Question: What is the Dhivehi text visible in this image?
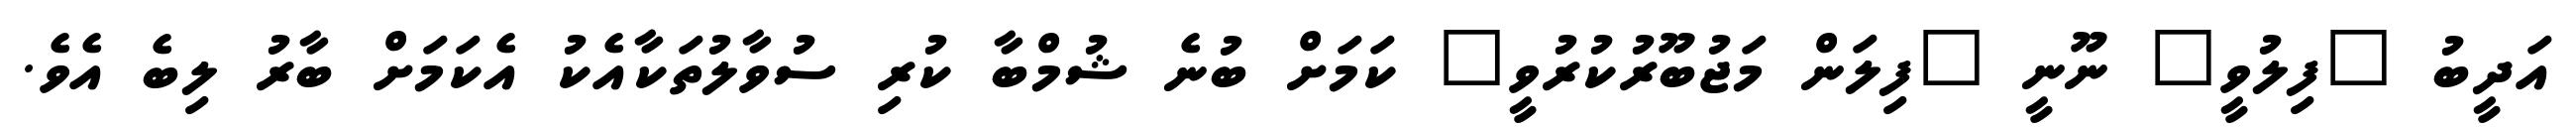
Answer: އަދީބު "ފިލުވީ" ނޫނީ "ފިލަން މަޖުބޫރުކުރުވީ" ކަމަށް ބުނެ ޝުމްބާ ކުރި ސުވާލުތަކާއެކު އެކަމަށް ބާރު ލިބެ އެވެ.